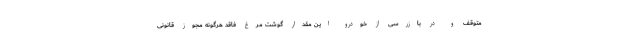
متوقف و در بازرسی از خودرو این مقدار گوشت مرغ فاقد هرگونه مجوز قانونی